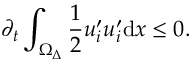
\partial _ { t } \int _ { \Omega _ { \Delta } } ^ { } \frac { 1 } { 2 } u _ { i } ^ { \prime } u _ { i } ^ { \prime } \mathrm { d } x \leq 0 .